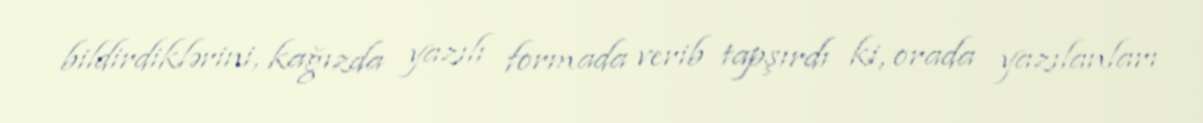
bildirdiklərini, kağızda yazılı formada verib tapşırdı ki, orada yazılanları